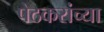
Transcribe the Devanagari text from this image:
पेठकरांच्या